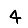
Digit: 4